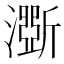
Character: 𤂊